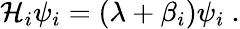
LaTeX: {\cal H}_{i}\psi_{i}=(\lambda+\beta_{i})\psi_{i}~.